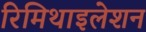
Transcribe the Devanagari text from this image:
रिमिथाइलेशन